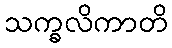
သက္ခလိကာတိ